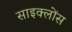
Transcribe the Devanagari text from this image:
साइक्लोंस